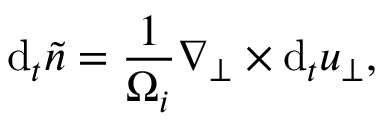
\mathrm { d } _ { t } \tilde { n } = \frac { 1 } { \Omega _ { i } } \nabla _ { \perp } \times \mathrm { d } _ { t } \boldsymbol { u } _ { \perp } ,